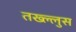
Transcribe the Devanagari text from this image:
तख्ल्लुस